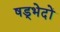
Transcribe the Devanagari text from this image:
षड्भेदों